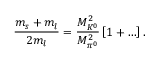
\frac { m _ { s } + m _ { l } } { 2 m _ { l } } = \frac { M _ { K ^ { 0 } } ^ { 2 } } { M _ { \pi ^ { 0 } } ^ { 2 } } \left[ 1 + \ldots \right] .